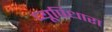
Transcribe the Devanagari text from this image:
प्यूपिधारा